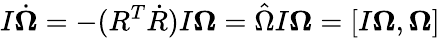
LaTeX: I\dot{\boldsymbol\Omega}=-(R^{T}\dot{R})I{\boldsymbol\Omega}=\hat{\Omega}I{\boldsymbol\Omega}=[I{\boldsymbol\Omega},{\boldsymbol\Omega}]